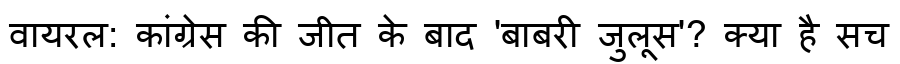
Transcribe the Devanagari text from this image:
वायरल: कांग्रेस की जीत के बाद 'बाबरी जुलूस'? क्या है सच